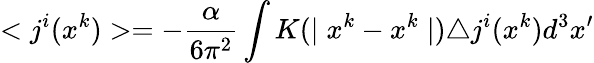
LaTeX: <j^{i}(x^{k})>=-\frac{\alpha}{6\pi^{2}}\int K(\mid x^{k}-x^{k}\mid)\triangle j^{i}(x^{k})d^{3}x^{\prime}